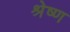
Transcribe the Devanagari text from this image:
श्रेष्‍ण